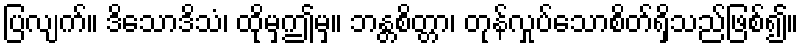
ပြလျက်။ ဒိသောဒိသံ၊ ထိုမှဤမှ။ ဘန္တစိတ္တာ၊ တုန်လှုပ်သောစိတ်ရှိသည်ဖြစ်၍။